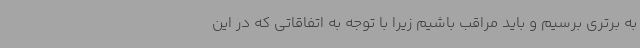
به برتری برسیم و باید مراقب باشیم زیرا با توجه به اتفاقاتی که در این